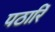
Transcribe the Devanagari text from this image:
पठारिं